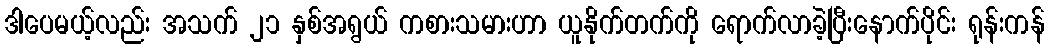
ဒါပေမယ့်လည်း အသက် ၂၁ နှစ်အရွယ် ကစားသမားဟာ ယူနိုက်တက်ကို ရောက်လာခဲ့ပြီးနောက်ပိုင်း ရုန်းကန်